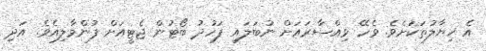
އެ ޚިޔާލުތަކަށެވެ. ވެހޭ ވިއްސާރައަށް ނުބަލައި ފަހުދު ބޯޓުން ޖެޓީއަށް ފުންމާލިއެވެ. އަދި